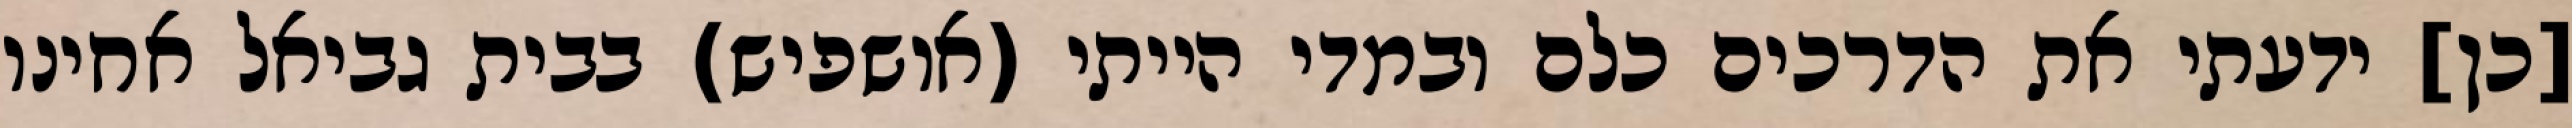
[כן] ידעתי את הדרכים כלם ובמדי הייתי (אושפיש) בבית גביאל אחינו